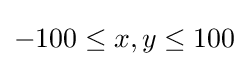
-100\leq x,y\leq 100